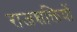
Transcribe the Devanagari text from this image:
राजशक्तियों